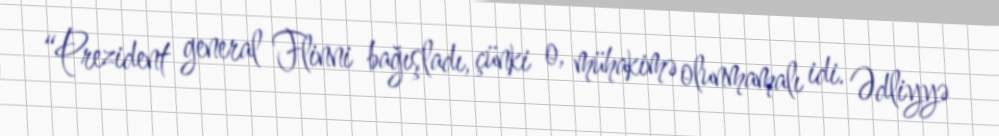
“Prezident general Flinni bağışladı, çünki o, mühakimə olunmamalı idi. Ədliyyə